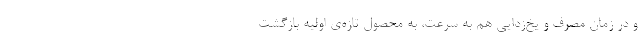
و در زمان مصرف و یخ‌زدایی هم به سرعت، به محصول تازه‌ی اولیه بازگشت